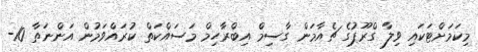
މިކަމަށްޓަކައި ވިލާ ގްރޫޕުގެ ޗެއާމަން ގާސިމް އިބްރާހިމް މަސައްކަތް ކުރައްވަމުން އަންނަތާ 10-